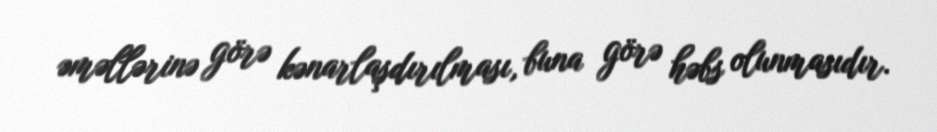
əməllərinə görə kənarlaşdırılması, buna görə həbs olunmasıdır.